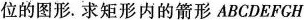
位的图形。求矩形内的箭形ABCDEFCH